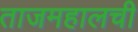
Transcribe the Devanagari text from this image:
ताजमहालची